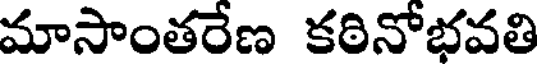
మాసాంతరేణ కఠినోభవతి